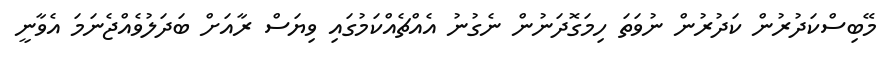
މޭބިސްކަދުރުން ކަދުރުން ނުވަތަ ހިމަގޮދަނުން ނެގުނު އެއްޗެއްކަމުގައި ވިޔަސް ރާއަށް ބަދަލުވެއްޖެނަމަ އެވާނީ